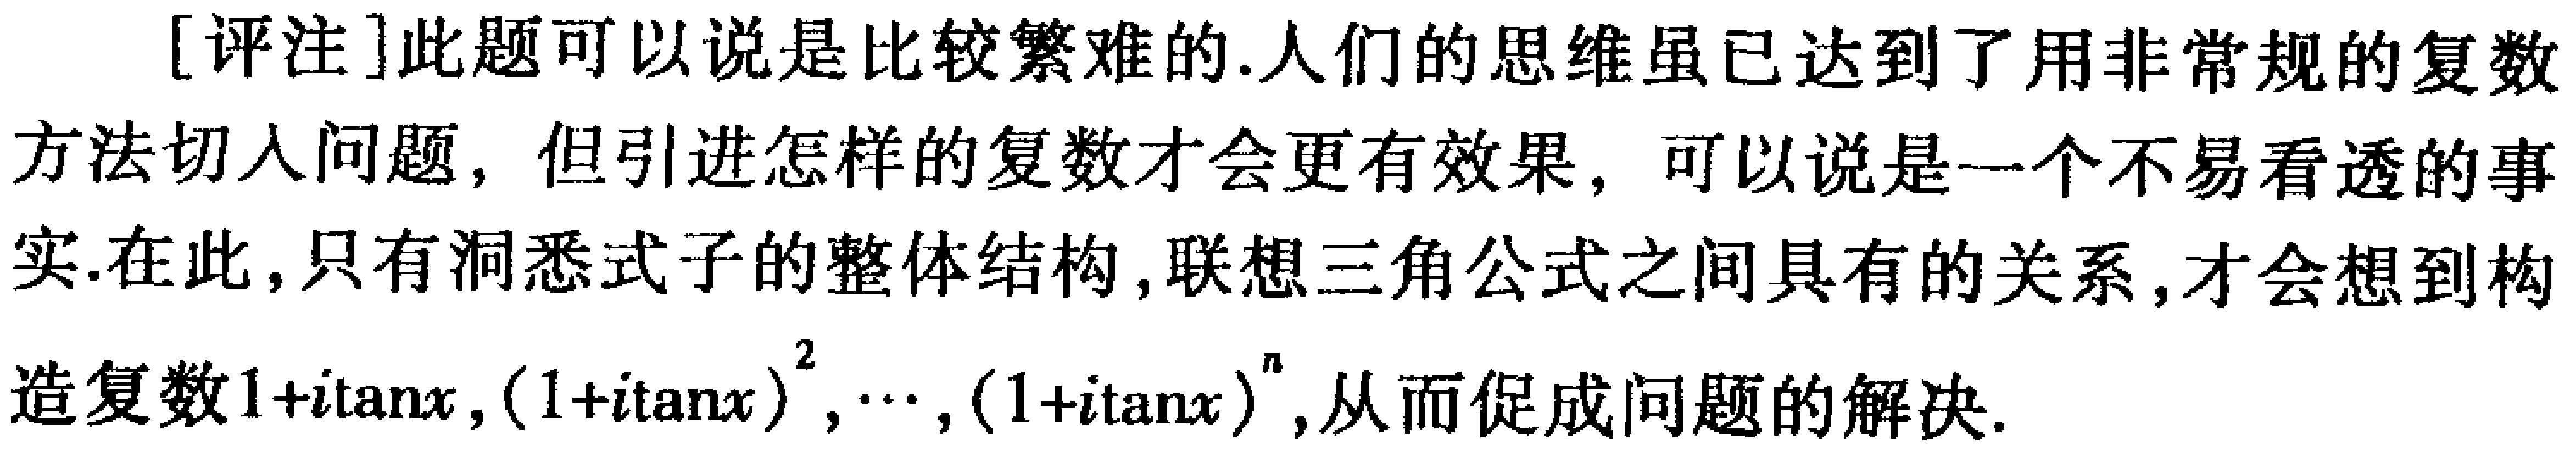
[评注]此题可以说是比较繁难的.人们的思维虽已达到了用非常规的复数方法切入问题，但引进怎样的复数才会更有效果，可以说是一个不易看透的事实.在此，只有洞悉式子的整体结构,联想三角公式之间具有的关系，才会想到构造复数\(1 + i\tan x,(1 + i\tan x)^2,\cdots,(1 + i\tan x)^n\),从而促成问题的解决.